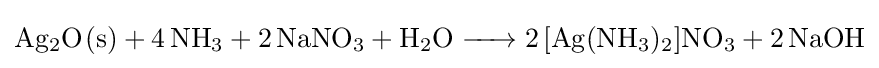
{\ce {Ag2O(s) + 4NH3 + 2NaNO3 + H2O -> 2[Ag(NH3)2]NO3 + 2NaOH}}